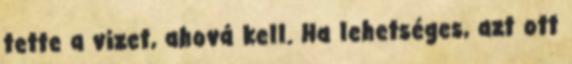
tette a vizet, ahová kell. Ha lehetséges, azt ott